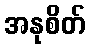
အနုစိတ်